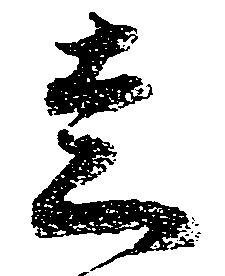
走